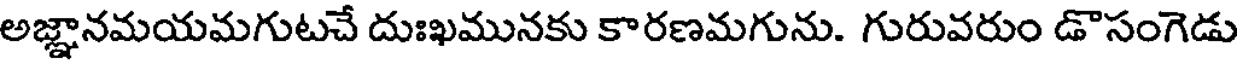
అజ్ఞానమయమగుటచే దుఃఖమునకు కారణమగును. గురువరుం డొసంగెడు